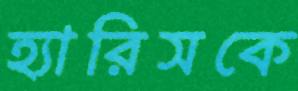
হ্যারিসকে